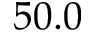
5 0 . 0